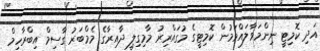
އަދި ކޮމިޓީ ނިންމަވާލައްވަމުން ކޮމިޓީގެ މުގައްރިރު މާމިގިލީ ދާއިރާގެ މެމްބަރު ގާސިމް އިބްރާހިމް